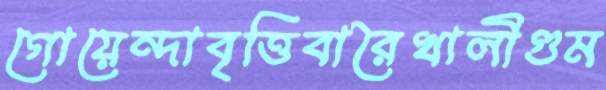
গোয়েন্দাবৃত্তিবারৈখালীগুম